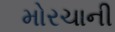
મોરચાની